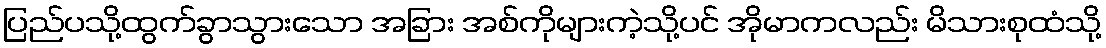
ပြည်ပသို့ထွက်ခွာသွားသော အခြား အစ်ကိုများကဲ့သို့ပင် အိုမာကလည်း မိသားစုထံသို့